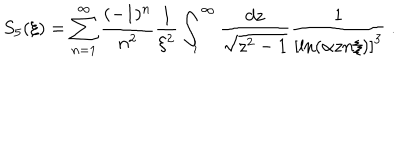
LaTeX: S _ { 5 } ( \xi ) = \sum _ { n = 1 } ^ { \infty } \frac { ( - 1 ) ^ { n } } { n ^ { 2 } } \frac 1 { \xi ^ { 2 } } \int _ { 1 } ^ { \infty } \frac { d z } { \sqrt { z ^ { 2 } - 1 } } \frac 1 { \left[ \ln \left( \alpha z n \xi \right) \right] ^ { 3 } } \ .